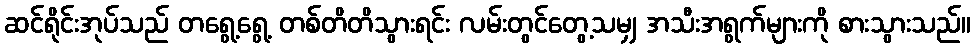
ဆင်ရိုင်းအုပ်သည် တရွေ့ရွေ့ တစ်တိတိသွားရင်း လမ်းတွင်တွေ့သမျှ အသီးအရွက်များကို စားသွားသည်။